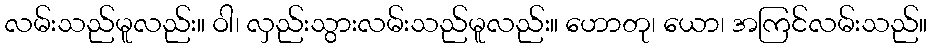
လမ်းသည်မူလည်း။ ဝါ၊ လှည်းသွားလမ်းသည်မူလည်း။ ဟောတု၊ ယော၊ အကြင်လမ်းသည်။